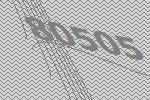
80505